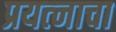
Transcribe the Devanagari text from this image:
प्रयत्‍नाचा